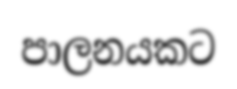
පාලනයකට